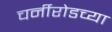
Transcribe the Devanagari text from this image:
चर्नीरोडच्या